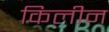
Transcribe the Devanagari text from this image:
किलीन